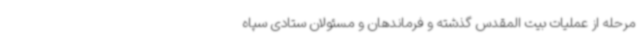
مرحله از عملیات بیت المقدس گذشته و فرماندهان و مسئولان ستادی سپاه